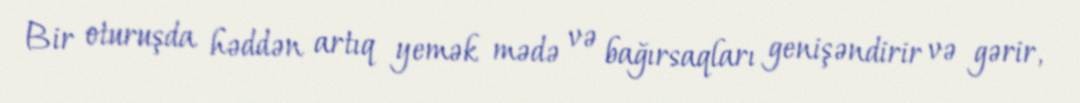
Bir oturuşda həddən artıq yemək mədə və bağırsaqları genişəndirir və gərir,